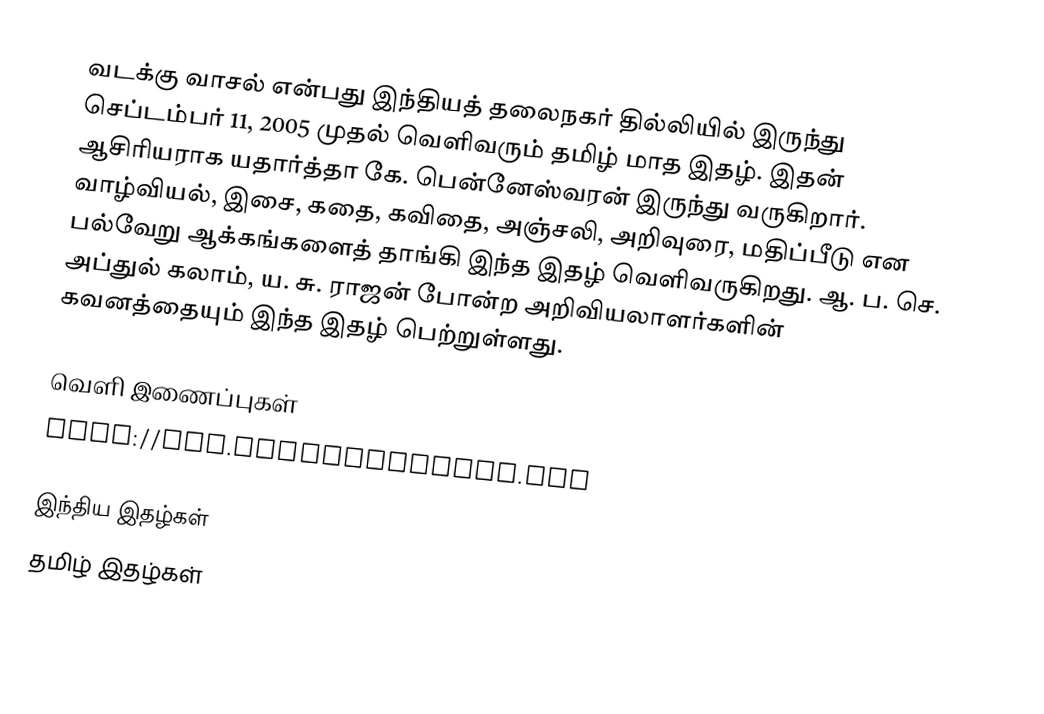
வடக்கு வாசல் என்பது இந்தியத் தலைநகர் தில்லியில் இருந்து செப்டம்பர் 11, 2005 முதல் வெளிவரும் தமிழ் மாத இதழ். இதன் ஆசிரியராக யதார்த்தா கே. பென்னேஸ்வரன் இருந்து வருகிறார். வாழ்வியல், இசை, கதை, கவிதை, அஞ்சலி, அறிவுரை, மதிப்பீடு என பல்வேறு ஆக்கங்களைத் தாங்கி இந்த இதழ் வெளிவருகிறது. ஆ. ப. செ. அப்துல் கலாம், ய. சு. ராஜன் போன்ற அறிவியலாளர்களின் கவனத்தையும் இந்த இதழ் பெற்றுள்ளது.

வெளி இணைப்புகள்
 http://www.vadakkuvaasal.com

 இந்திய இதழ்கள்
தமிழ் இதழ்கள்